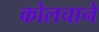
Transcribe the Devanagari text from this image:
कोलचाने